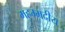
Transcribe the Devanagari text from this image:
महम्मदीय